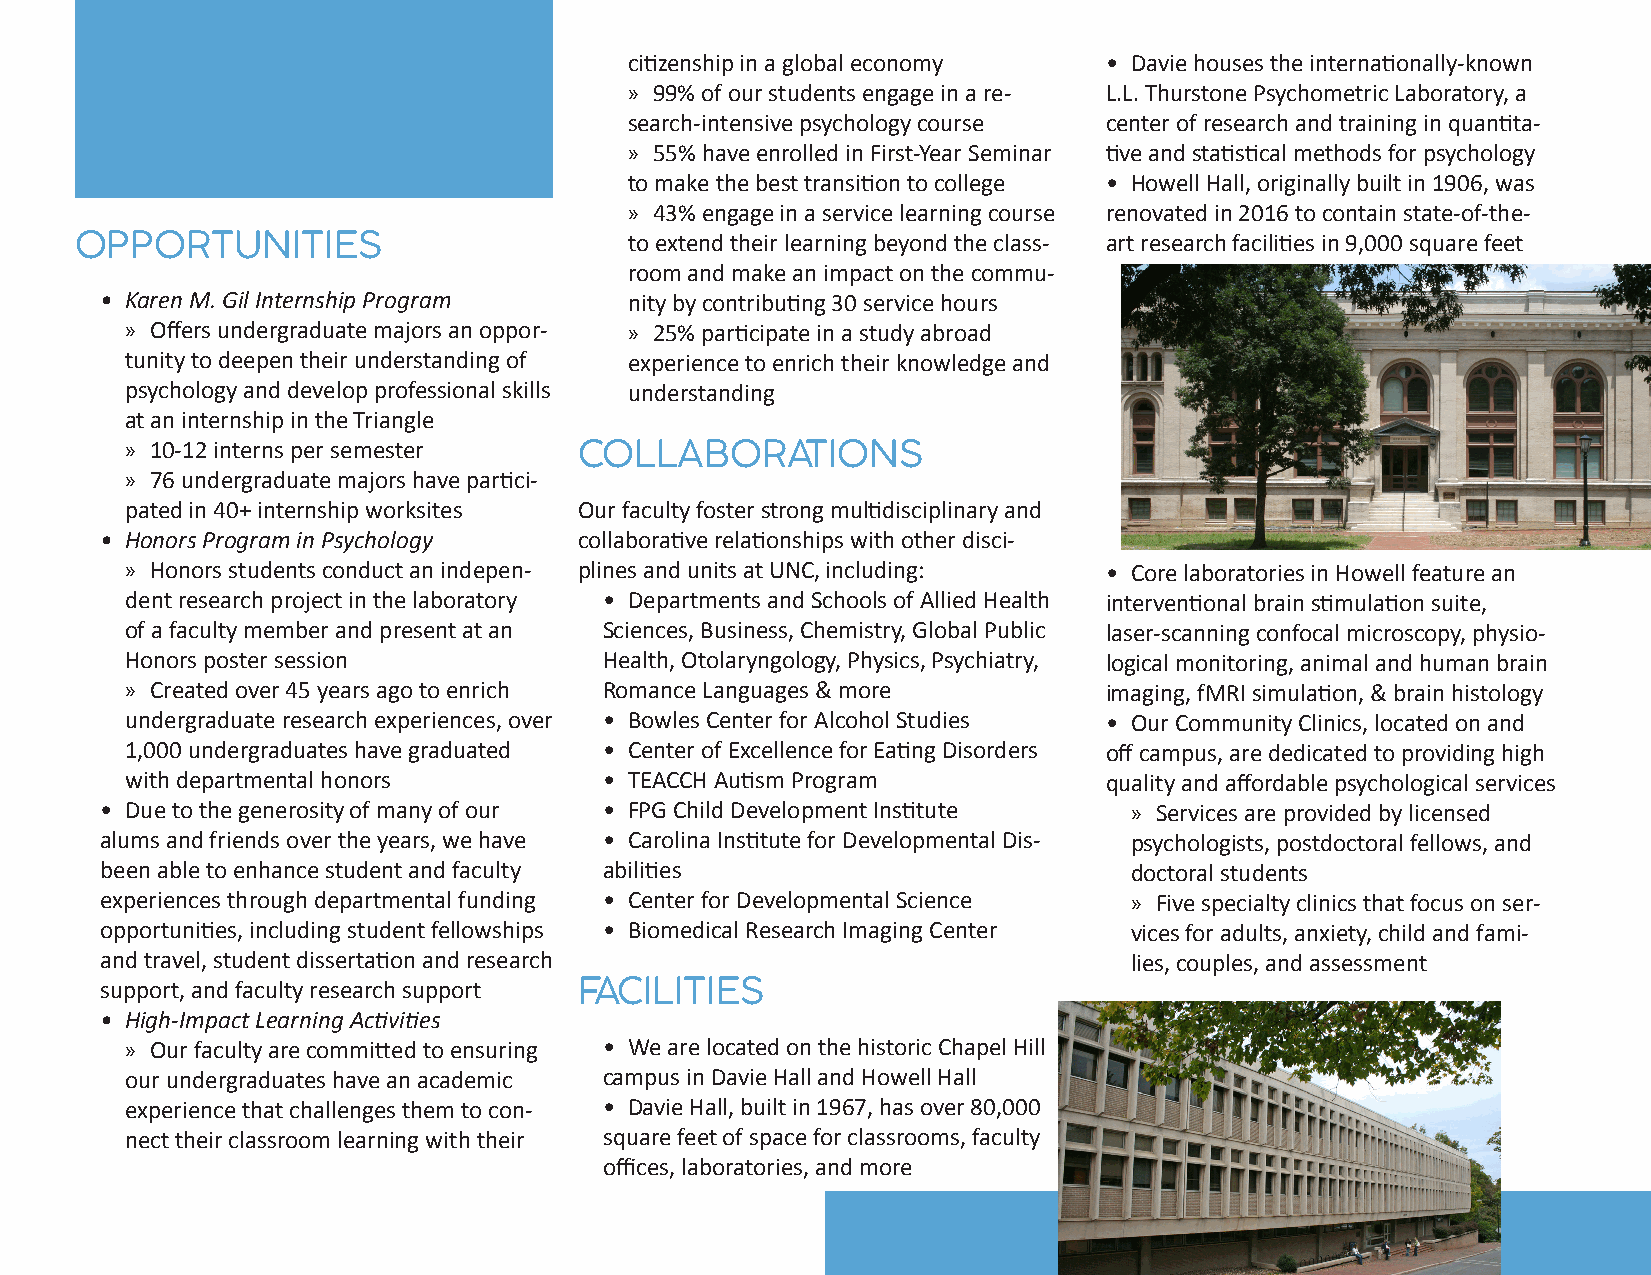
citizenship in a global economy • Davie houses the internationally-known
 » 99% of our students engage in a re- L.L. Thurstone Psychometric Laboratory, a
 search-intensive psychology course center of research and training in quantita-
 » 55% have enrolled in First-Year Seminar tive and statistical methods for psychology
 to make the best transition to college • Howell Hall, originally built in 1906, was
 » 43% engage in a service learning course renovated in 2016 to contain state-of-the-
 OPPORTUNITIES                        to extend their learning beyond the class- art research facilities in 9,000 square feet
 room and make an impact on the commu-
 • Karen M. Gil Internship Program  nity by contributing 30 service hours
 » Offers undergraduate majors an oppor- » 25% participate in a study abroad
 tunity to deepen their understanding of experience to enrich their knowledge and
 psychology and develop professional skills understanding
 at an internship in the Triangle
 » 10-12 interns per semester  COLLABORATIONS
 » 76 undergraduate majors have partici-
 pated in 40+ internship worksites Our faculty foster strong multidisciplinary and
 • Honors Program in Psychology collaborative relationships with other disci-
 » Honors students conduct an indepen- plines and units at UNC, including: • Core laboratories in Howell feature an
 dent research project in the laboratory • Departments and Schools of Allied Health interventional brain stimulation suite,
 of a faculty member and present at an Sciences, Business, Chemistry, Global Public laser-scanning confocal microscopy, physio-
 Honors poster session           Health, Otolaryngology, Physics, Psychiatry, logical monitoring, animal and human brain
 » Created over 45 years ago to enrich Romance Languages & more   imaging, fMRI simulation, & brain histology
 undergraduate research experiences, over • Bowles Center for Alcohol Studies • Our Community Clinics, located on and
 1,000 undergraduates have graduated • Center of Excellence for Eating Disorders off campus, are dedicated to providing high
 with departmental honors        • TEACCH Autism Program          quality and affordable psychological services
 • Due to the generosity of many of our • FPG Child Development Institute » Services are provided by licensed
 alums and friends over the years, we have • Carolina Institute for Developmental Dis- psychologists, postdoctoral fellows, and
 been able to enhance student and faculty abilities                  doctoral students
 experiences through departmental funding • Center for Developmental Science » Five specialty clinics that focus on ser-
 opportunities, including student fellowships • Biomedical Research Imaging Center vices for adults, anxiety, child and fami-
 and travel, student dissertation and research                       lies, couples, and assessment
 support, and faculty research support FACILITIES
 • High-Impact Learning Activities
 » Our faculty are committed to ensuring • We are located on the historic Chapel Hill
 our undergraduates have an academic campus in Davie Hall and Howell Hall
 experience that challenges them to con- • Davie Hall, built in 1967, has over 80,000
 nect their classroom learning with their square feet of space for classrooms, faculty
 offices, laboratories, and more